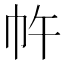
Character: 𭘔